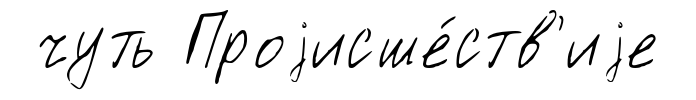
чуть Проjисше́ств'иjе